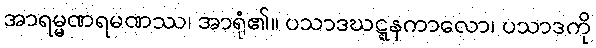
အာရမ္မဏရမဏဿ၊ အာရုံ၏။ ပသာဒဃဋ္ဋနကာလော၊ ပသာဒကို